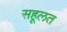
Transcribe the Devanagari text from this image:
सहूलत